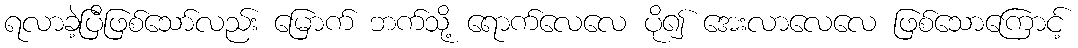
ရလာခဲ့ပြီဖြစ်သော်လည်း မြောက် ဘက်သို့ ရောက်လေလေ ပို၍ အေးလာလေလေ ဖြစ်သောကြောင့်